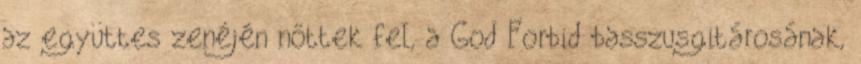
az együttes zenéjén nőttek fel, a God Forbid basszusgitárosának,